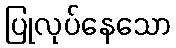
ပြုလုပ်နေသော